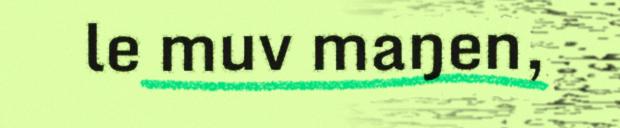
le muv maŋen,